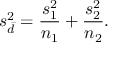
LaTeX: s _ { \bar { d } } ^ { 2 } = { \frac { s _ { 1 } ^ { 2 } } { n _ { 1 } } } + { \frac { s _ { 2 } ^ { 2 } } { n _ { 2 } } } .